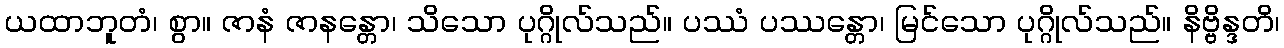
ယထာဘူတံ၊ စွာ။ ဇာနံ ဇာနန္တော၊ သိသော ပုဂ္ဂိုလ်သည်။ ပဿံ ပဿန္တော၊ မြင်သော ပုဂ္ဂိုလ်သည်။ နိဗ္ဗိန္ဒတိ၊